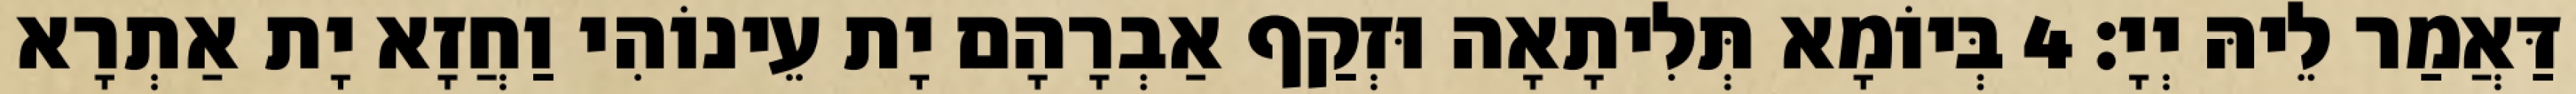
דַּאֲמַר לֵיהּ יְיָ׃ 4 בְּיוֹמָא תְּלִיתָאָה וּזְקַף אַבְרָהָם יָת עֵינוֹהִי וַחֲזָא יָת אַתְרָא